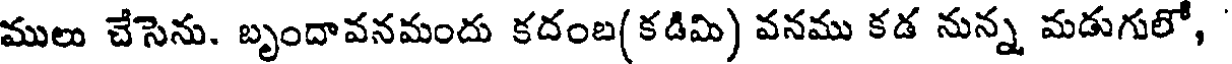
ములు చేసెను. బృందావనమందు కదంబ(కడిమి) వనము కడ నున్న మడుగులో,